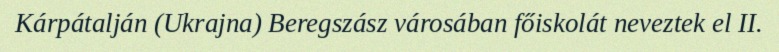
Kárpátalján (Ukrajna) Beregszász városában főiskolát neveztek el II.